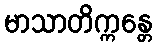
မာသာတိက္ကန္တေ